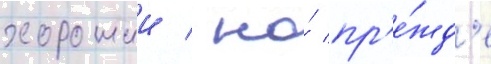
хорошии / но́ пр'е́жд'е